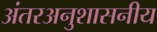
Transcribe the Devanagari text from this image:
अंतरअनुशासनीय